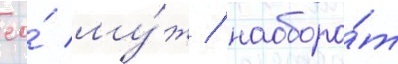
ео́ му́ж / наоборо́т